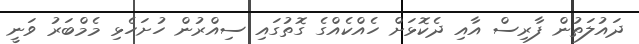
ދައުލަތުން ފާރިސް އާއި ދެކޮޅަށް ހެއްކެއްގެ ގޮތުގައި ސިއްރުން ހުށަހެޅި މެމްބަރު ވަނީ